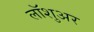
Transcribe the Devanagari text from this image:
लॉशुअर